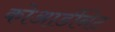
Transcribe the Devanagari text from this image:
कोआर्डीनेट